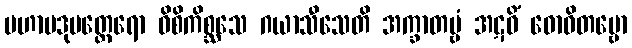
မဟာပဒုမတ္ထေရော ဝိစိကိစ္ဆသေ ဂယာသီသေတိ အက္ခာတဗ္ဗံ အဋဝိံ ဓောဝိတဗ္ဗော